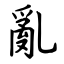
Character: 亂